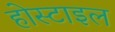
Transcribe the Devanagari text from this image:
होस्टाइल